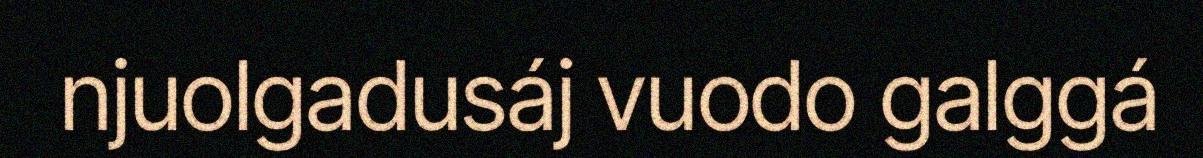
njuolgadusáj vuodo galggá